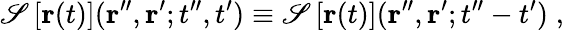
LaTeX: \mathscr{S}\left[{\mathbf{r}}(t)\right]({\mathbf{r}}^{\prime\prime},{\mathbf{r}}^{\prime};t^{\prime\prime},t^{\prime})\equiv\mathscr{S}\left[{\mathbf{r}}(t)\right]({\mathbf{r}}^{\prime\prime},{\mathbf{r}}^{\prime};t^{\prime\prime}-t^{\prime})\; ,